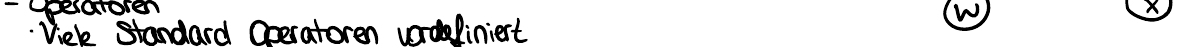
Viele Standard Operatoren vordefiniert